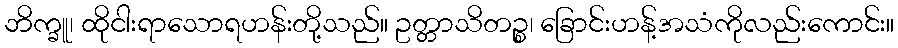
ဘိက္ခူ၊ ထိုငါးရာသောရဟန်းတို့သည်။ ဥတ္တာသိတဉ္စ၊ ခြောင်းဟန့်အသံကိုလည်းကောင်း။